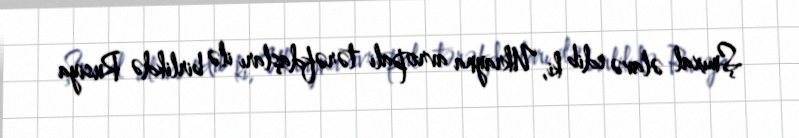
Şmıxal əlavə edib ki, Ukrayna avropalı tərəfdaşları ilə birlikdə Rusiya